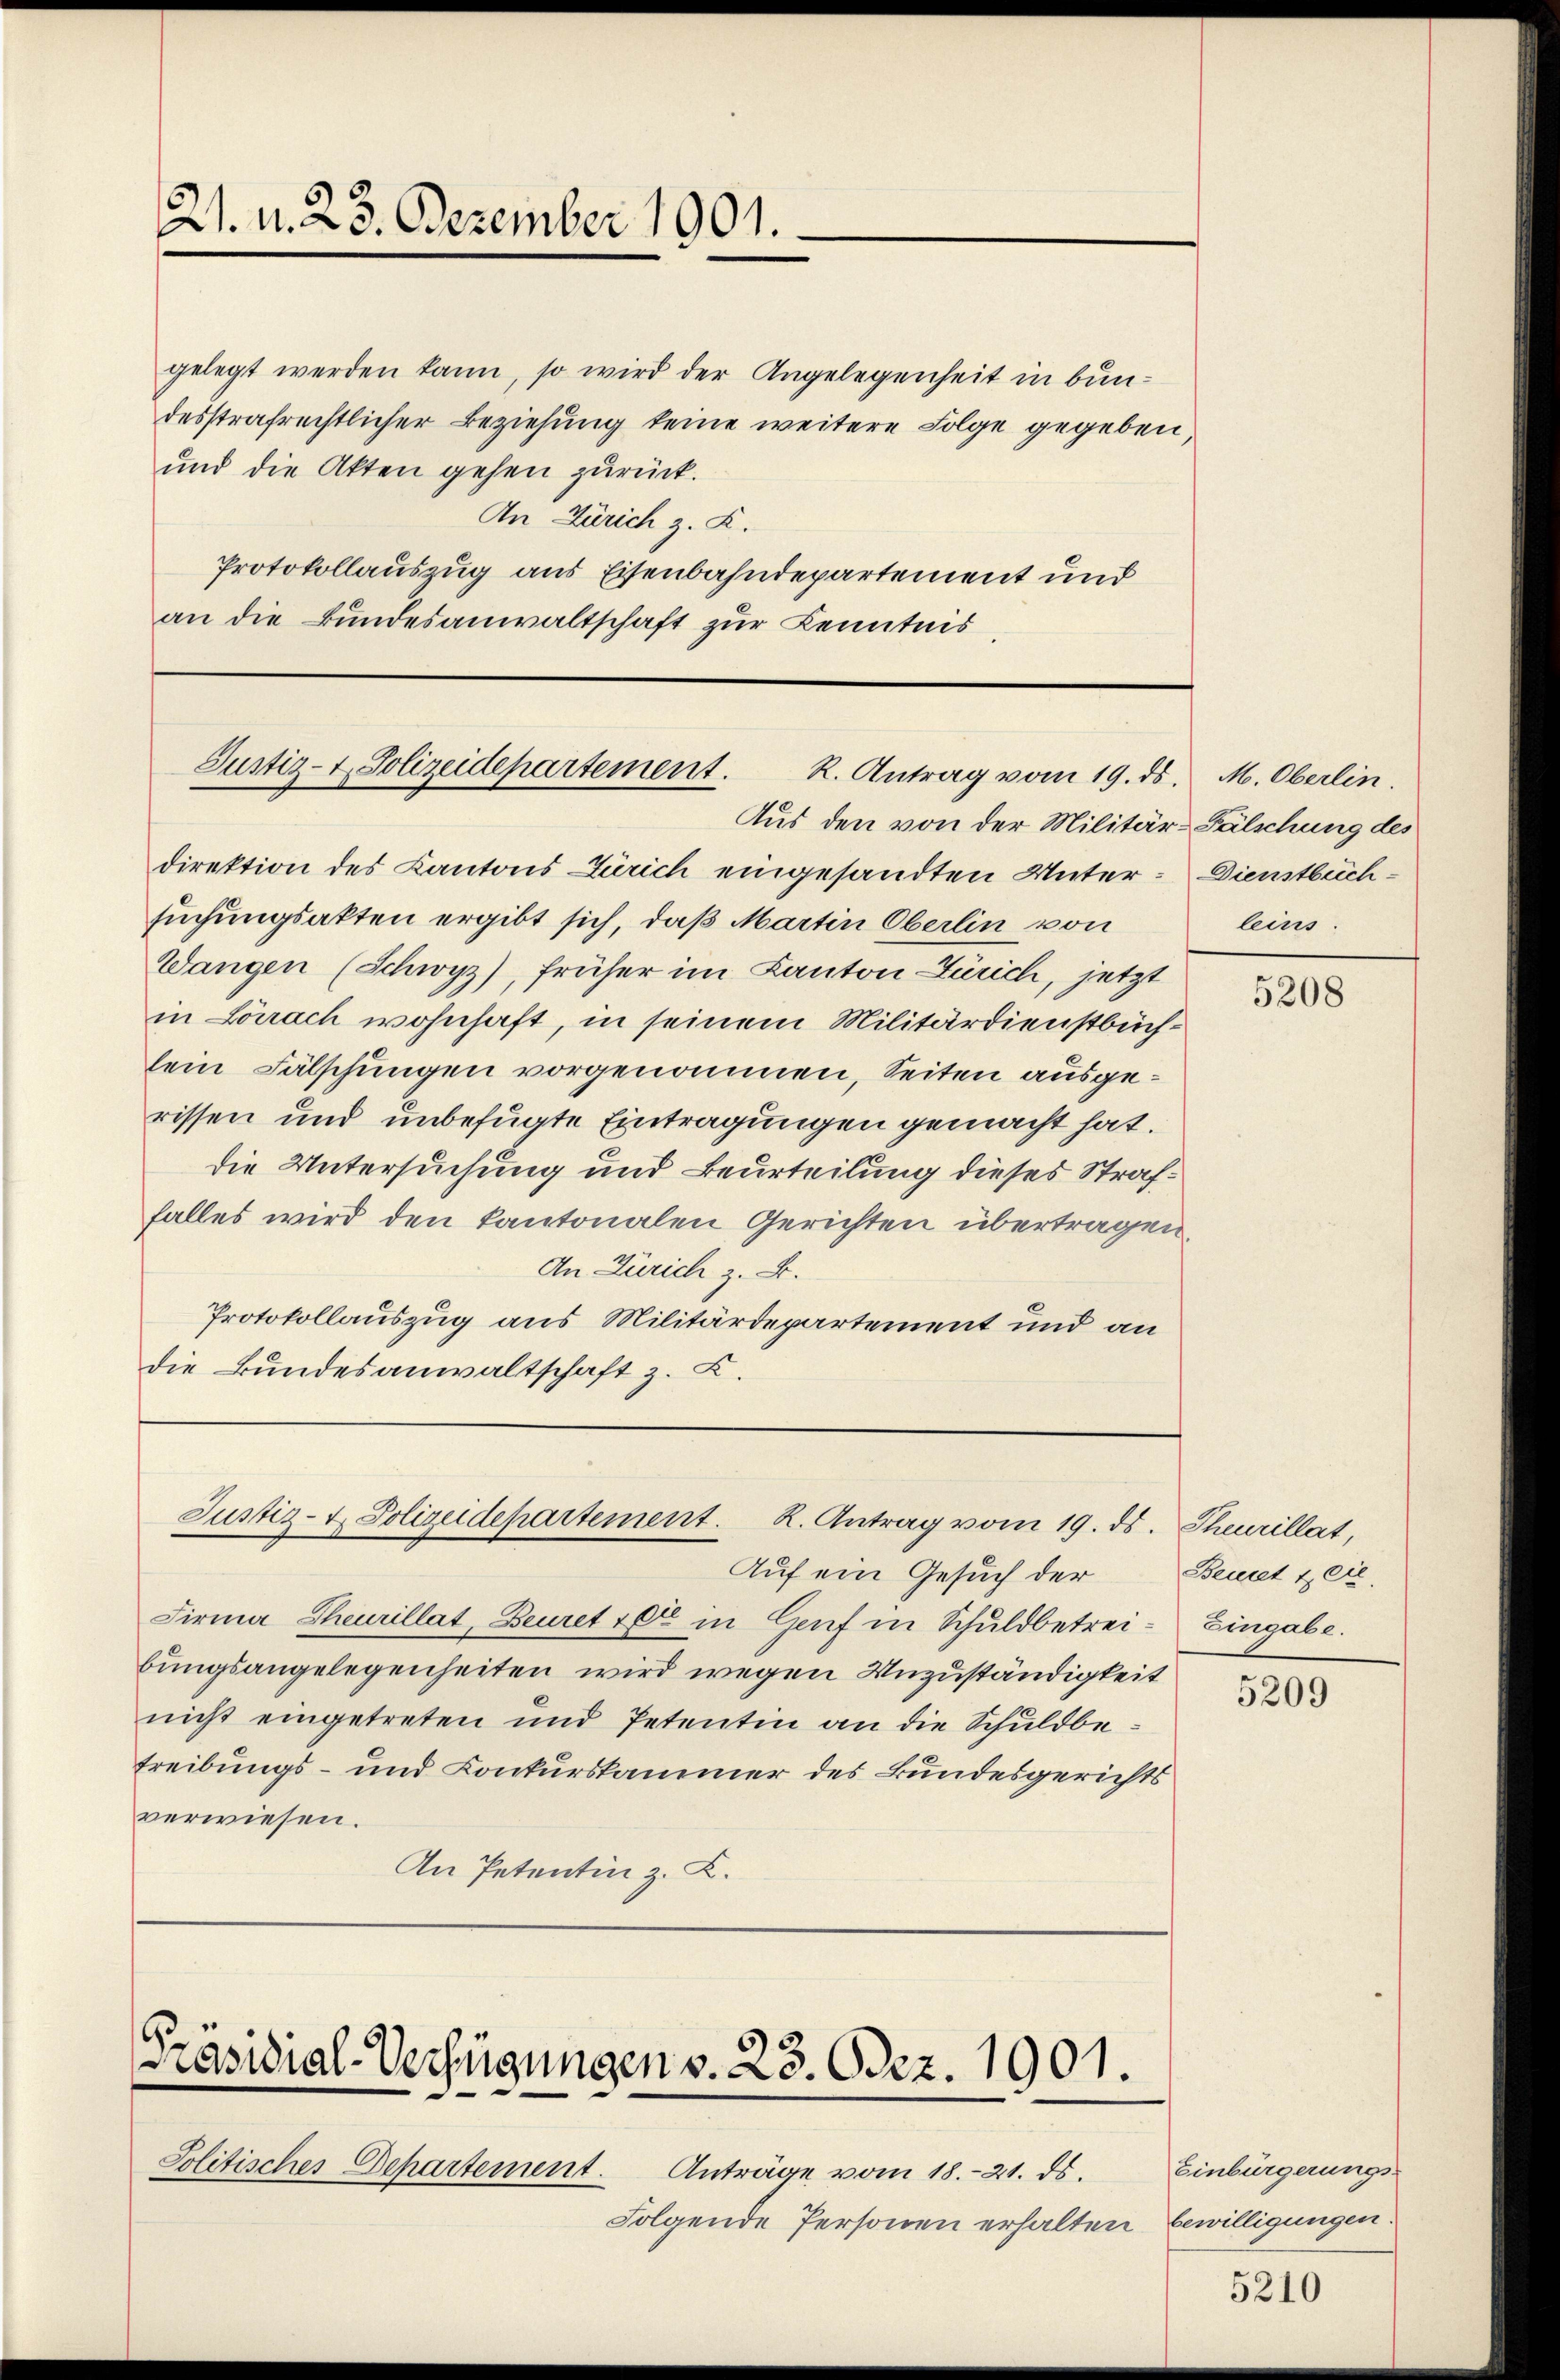
21. d. 23. Dezember 1901.

gelegt werden kann, so wird der Angelegenheit in bundesstrafrechtlicher Beziehung keine weitere Folge gegeben,
und die Akten gehen zurück.
An Zürich z. K.
Protokollauszug aus Eisenbahndepartement und
an die Bundesanwaltschaft zur Kenntnis

Justiz- & Polizeidepartement. K. Antrag vom 19. ds. M. Oberlin
Aus den von der Militär-Fälschung des

Justiz- & Polizeidepartement. K. Antrag vom 19. ds. Theurillat,
Auf ein Gesuch der Benet & die¬

direktion des Kantons Zürich eingesandten Unter- Dienstbuch-
suchungsakten ergibt sich, daß Martin Oberlin von
Wangen (Schwyz), früher im Kanton Zürich, jetzt
in Lörrach wohnhaft, in seinem Militärdienstbüchlein Fälschungen vorgenommen, Seiten ausgerissen und unbefugte Eintragungen gemacht hat.
die Untersuchung und Beurteilung dieses Straffalles wird den Kantonalen Gerichten übertragen
An Zürich z. B.
Protokollauszug aus Militärdepartement und an
die Bundesanwaltschaft z. B.

Präsidial-Verfügungen v. 23. Odez. 1901.

leins.

Firma Theurillat, Beuret rete in Genf in Schuldbetreibungsangelegenheiten wird wegen Unzuständigkeit
nicht eingetreten und Petentin an die Schuldbe¬
Treibungs- und Conkurskammer des Bundesgerichts
verwiesen.
An Petentin z. B.

Politisches Departement.
Anträge vom 18. 21. ds.
Folgende Personen erhalten. Bewilligungen.

5208

Eingabe.

5209

Einbürgerungs¬

5210